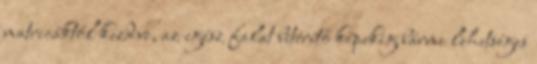
matricáktól kezdve, az egész falat beterítő képekig bármi lehetséges